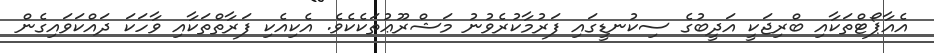
އެއާޕޯޓްތަކާއި ބްރިޖަކީ އަދީބުގެ ސިކުނޑީގައި ފަރުމާކުރެވުނު މަޝްރޫޢުތަކެކެވެ. އެކިއެކި ފަރާތްތަކާއި ވާހަކަ ދައްކަވައިގެން